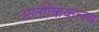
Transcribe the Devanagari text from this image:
अलौकिकत्त्व